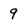
Character: 9